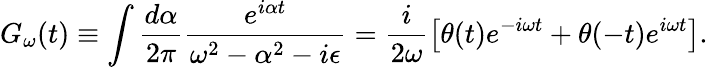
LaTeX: G_{\omega}(t)\equiv\int\frac{d\alpha}{2\pi}\frac{e^{i\alpha t}}{\omega^{2}-\alpha^{2}-i\epsilon}=\frac{i}{2\omega}\left[\theta(t)e^{-i\omega t}+\theta(-t)e^{i\omega t}\right].